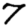
Digit: 7